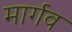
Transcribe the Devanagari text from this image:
मार्गव